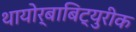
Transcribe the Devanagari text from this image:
थायोर्बाबिट्युरीक